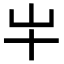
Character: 𫵱